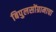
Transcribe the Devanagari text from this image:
बिपुलसोंग्रामाचा